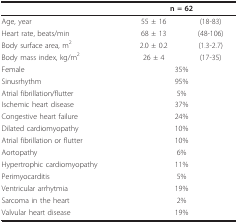
<table><thead><tr><td></td><td colspan="2"><b>n = 62</b></td></tr></thead><tbody><tr><td>Age, year</td><td>55 ± 16</td><td>(18-83)</td></tr><tr><td>Heart rate, beats/min</td><td>68 ± 13</td><td>(48-106)</td></tr><tr><td>Body surface area, m<sup>2</sup></td><td>2.0 ± 0.2</td><td>(1.3-2.7)</td></tr><tr><td>Body mass index, kg/m<sup>2</sup></td><td>26 ± 4</td><td>(17-35)</td></tr><tr><td>Female</td><td colspan="2">35%</td></tr><tr><td>Sinusrhythm</td><td colspan="2">95%</td></tr><tr><td>Atrial fibrillation/flutter</td><td colspan="2">5%</td></tr><tr><td>Ischemic heart disease</td><td colspan="2">37%</td></tr><tr><td>Congestive heart failure</td><td colspan="2">24%</td></tr><tr><td>Dilated cardiomyopathy</td><td colspan="2">10%</td></tr><tr><td>Atrial fibrillation or flutter</td><td colspan="2">10%</td></tr><tr><td>Aortopathy</td><td colspan="2">6%</td></tr><tr><td>Hypertrophic cardiomyopathy</td><td colspan="2">11%</td></tr><tr><td>Perimyocarditis</td><td colspan="2">5%</td></tr><tr><td>Ventricular arrhytmia</td><td colspan="2">19%</td></tr><tr><td>Sarcoma in the heart</td><td colspan="2">2%</td></tr><tr><td>Valvular heart disease</td><td colspan="2">19%</td></tr></tbody></table>